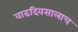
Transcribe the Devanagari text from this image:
वाढदिवसालाच